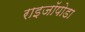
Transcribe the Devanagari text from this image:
राइजॉपोडा